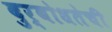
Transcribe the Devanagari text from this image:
दुर्बोधतेची